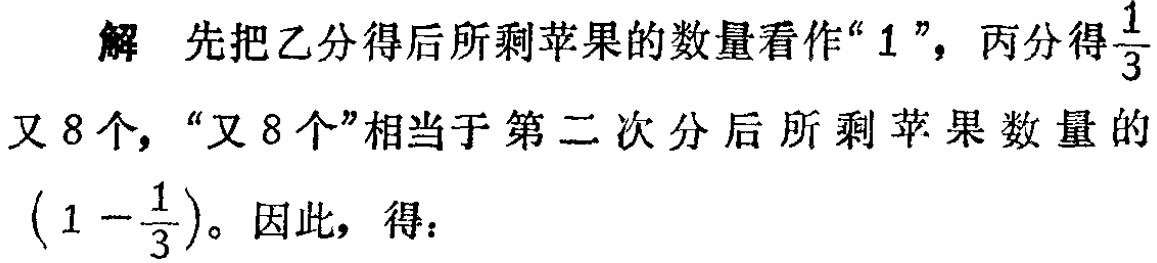
解 先把乙分得后所剩苹果的数量看作“$1$”，丙分得$\frac{1}{3}$又$8$个，“又$8$个”相当于第二次分后所剩苹果数量的$\left(1 - \frac{1}{3}\right)$。因此，得：